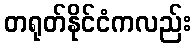
တရုတ်နိုင်ငံကလည်း